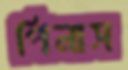
পিনাস